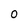
Character: 0